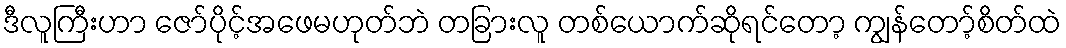
ဒီလူကြီးဟာ ဇော်ပိုင့်အဖေမဟုတ်ဘဲ တခြားလူ တစ်ယောက်ဆိုရင်တော့ ကျွန်တော့်စိတ်ထဲ